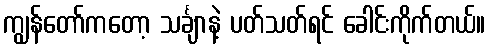
ကျွန်တော်ကတော့ သင်္ချာနဲ့ ပတ်သတ်ရင် ခေါင်းကိုက်တယ်။